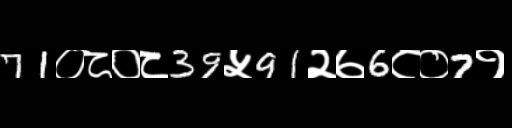
Text: 71०८०८39५91२७6८०7१